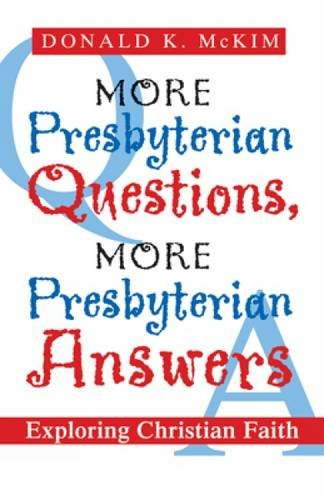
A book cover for More Presbyterian Questions, More Presbyterian Answers: Exploring Christian Faith; Donald K. McKim; Christian Books & Bibles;